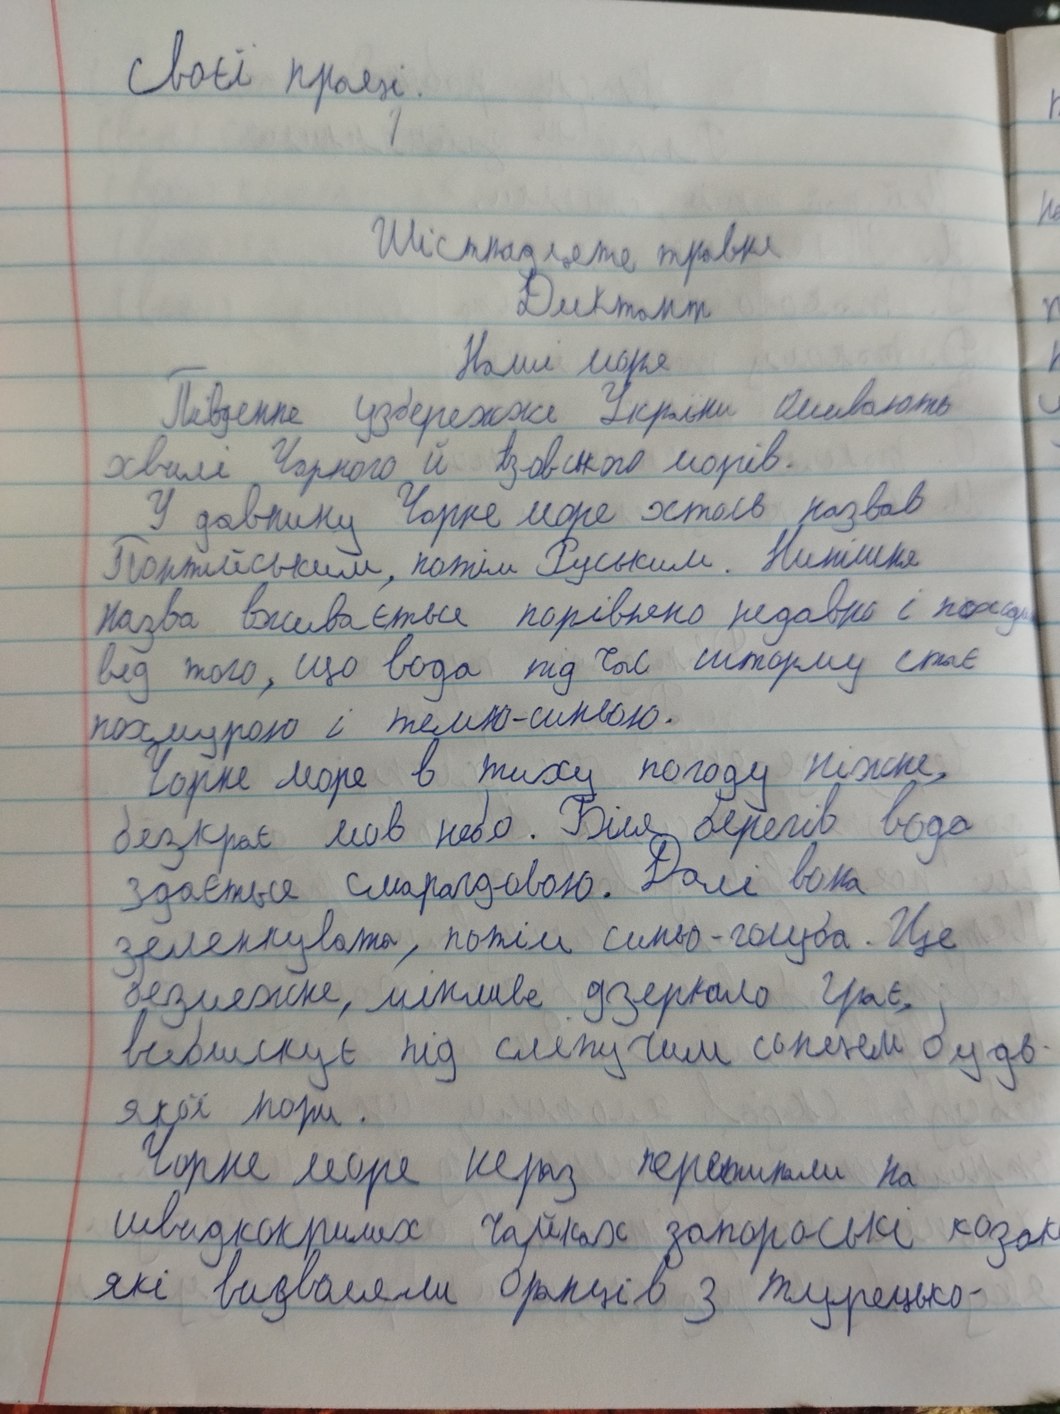
свої праці.
1
Шістнадцяте травня
Диктант
Наші моря
Південне узбережжя України омивають
хвилі Чорного й Азовського морів.
У давнину Чорне море хтось назвав
Портійським, потім Руським. Нинішня
назва вживається порівняно недавно і походи
від того, що вода під час шторму стає
похмурою і темно-синьою.
Чорне море в тиху погоду ніжне,
безкрає мов небо. Біля берегів вода
здається смарагдовою. Далі вона
зеленкувата, потім синьо-голуба. Ще
безмежне, мінливе дзеркало грає,
виблискує під сліпучим сонцем будь-
якої пори.
Чорне море нераз перепливали на
швидкокрилих чайках запорозькі козак
які визволяли бранців з турецько-